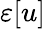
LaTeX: \varepsilon[u]